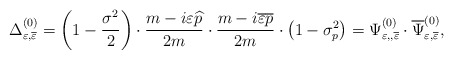
\begin{align*}\Delta _{\varepsilon ,\overline{\varepsilon }}^{(0)}=\left(1-\frac{\sigma ^2 }2\right) \cdot \frac{m-i\varepsilon\widehat{p}}{2m}\cdot \frac{m-i \overline{\varepsilon}\overline{p}}{2m}\cdot \left( 1-\sigma _p^2\right) =\Psi_{\varepsilon ,,\overline{\varepsilon }}^{(0)}\cdot \overline{\Psi} _{\varepsilon ,\overline{\varepsilon }}^{(0)} ,\end{align*}